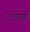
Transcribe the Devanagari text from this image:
दषमी